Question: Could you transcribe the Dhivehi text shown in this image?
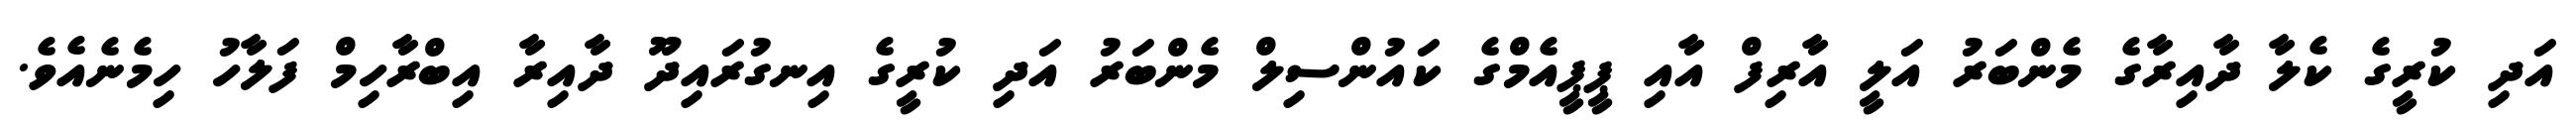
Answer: އަދި ކުރީގެ ކެލާ ދާއިރާގެ މެންބަރު އަލީ އާރިފް އާއި ޕީޕީއެމްގެ ކައުންސިލް މެންބަރު އަދި ކުރީގެ އިނގުރައިދޫ ދާއިރާ އިބްރާހިމް ފަލާހު ހިމެނެއެވެ.